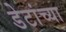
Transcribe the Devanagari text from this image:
डेटांच्या